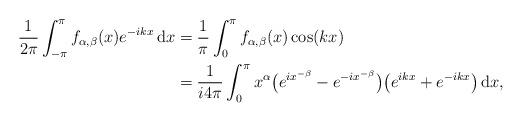
LaTeX: \begin{align*}\frac{1}{2\pi} \int_{-\pi}^\pi f_{\alpha,\beta}(x) e^{-ikx}\,\mathrm{d}x &= \frac{1}{\pi} \int_0^\pi f_{\alpha,\beta}(x) \cos(kx) \\&= \frac{1}{i4\pi} \int_0^\pi x^\alpha \big( e^{ix^{-\beta}} - e^{-ix^{-\beta}} \big) \big( e^{ikx} + e^{-ikx} \big) \,\mathrm{d}x ,\end{align*}